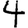
Digit: 4